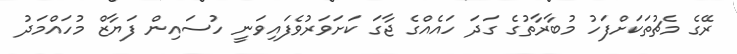
ރޭގެ މެޗުތަކަށްފަހު މުބާރާތުގެ ގަދަ ހައެއްގެ ޖާގަ ކަށަވަރުވެފައިވަނީ ހުސައިން ފަޔާޒް މުހައްމަދު